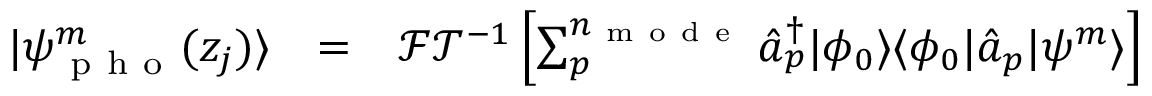
\begin{array} { c c l } { | \psi _ { \mathrm { ~ p ~ h ~ o ~ } } ^ { m } ( z _ { j } ) \rangle } & { = } & { \mathcal { F T } ^ { - 1 } \left[ \sum _ { p } ^ { n _ { \mathrm { ~ m ~ o ~ d ~ e ~ } } } \hat { a } _ { p } ^ { \dagger } | \phi _ { 0 } \rangle \langle \phi _ { 0 } | \hat { a } _ { p } | \psi ^ { m } \rangle \right] } \end{array}